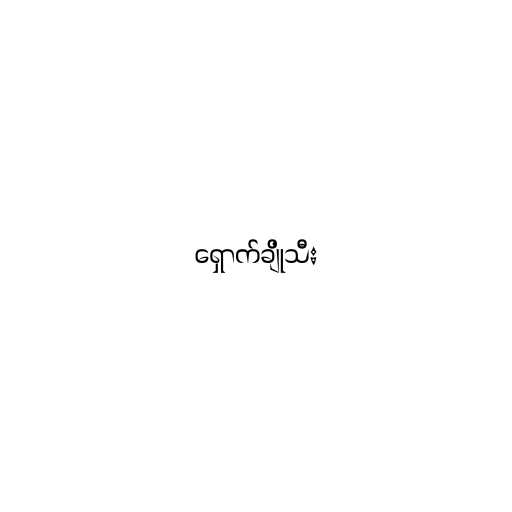
ရှောက်ချိုသီး